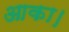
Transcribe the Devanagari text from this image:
आका।